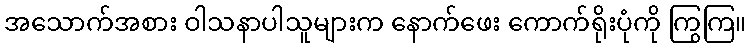
အသောက်အစား ဝါသနာပါသူများက နောက်ဖေး ကောက်ရိုးပုံကို ကြွကြ။